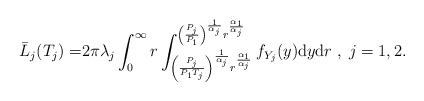
LaTeX: \begin{align*}\bar{L}_{j}(T_j)=&2\pi\lambda_{j}\int_{0}^{\infty}r\int_{\left(\frac{P_{j}}{P_{1}T_{j}}\right)^{\frac{1}{\alpha_{j}}}r^{\frac{\alpha_{1}}{\alpha_{j}}}}^{\left(\frac{P_{j}}{P_{1}}\right)^{\frac{1}{\alpha_{j}}}r^{\frac{\alpha_{1}}{\alpha_{j}}}}f_{Y_{j}}(y){\rm d}y{\rm d}r\;,\;j=1,2.\end{align*}